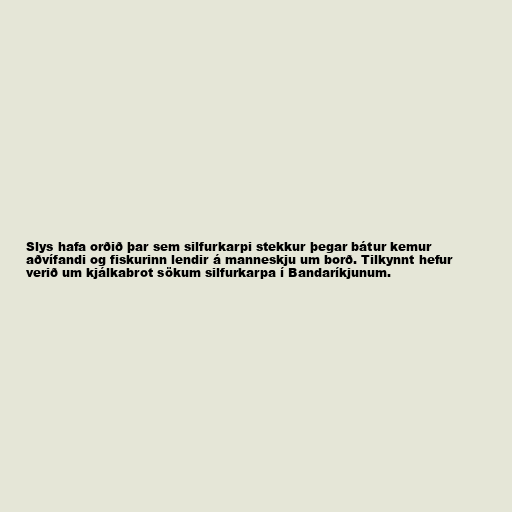
Slys hafa orðið þar sem silfurkarpi stekkur þegar bátur kemur
aðvífandi og fiskurinn lendir á manneskju um borð. Tilkynnt hefur
verið um kjálkabrot sökum silfurkarpa í Bandaríkjunum.